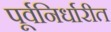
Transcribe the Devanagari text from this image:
पूर्वनिर्धारीत